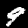
Label: 9